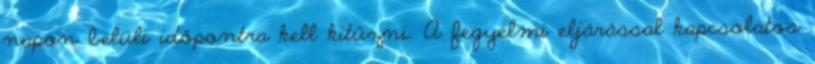
napon belüli időpontra kell kitűzni. A fegyelmi eljárással kapcsolatos